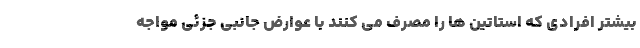
بیشتر افرادی که استاتین ها را مصرف می کنند با عوارض جانبی جزئی مواجه